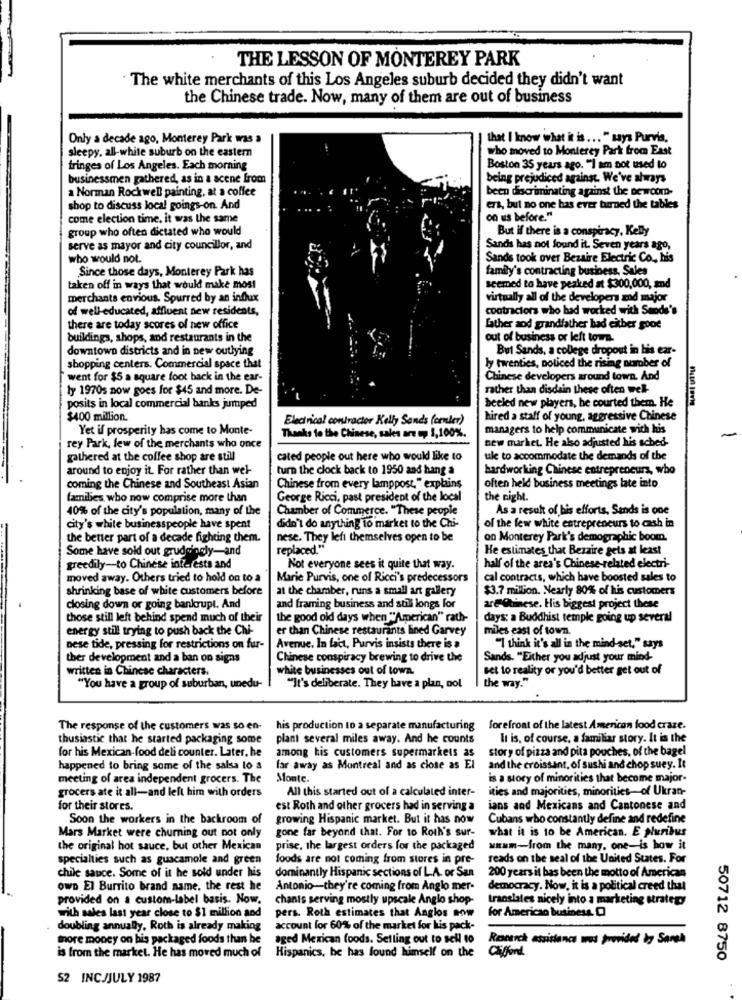
THE LESSON OF MONTEREY PARK
The white merchants of this Los Angeles suburb decided they didn't want
the Chinese trade. Now, many of them are out of business
Only a decade ago, Monterey Park was a
that I know what it is ... " says Purvis,
sleepy. all-white suburb on the eastern
who moved to Monterey Park from East
fringes of Los Angeles. Each morning
Boston 35 years ago. "I am not used to
businessmen gathered, as in a scene from
being prejudiced against. We've always
a Norman Rockwell painting, at a coffee
been discriminating against the newcom-
shop to discuss local goings-on. And
ers, but no one has ever turned the tables
come election time. it was the same
on us before."
group who often dictated who would
But if there is a conspiracy, Kelly
serve as mayor and city councillor, and
Sands has not found it. Seven years ago,
who would not.
Sands took over Bezaire Electric Co ., his
Since those days, Monterey Park has
family's contracting business, Sales
taken off in ways that would make most
seemed to have peaked at $300,000, and
merchants envious. Spurred by an influx
virtually all of the developers and major
of well-educated, affluent new residents,
contractors who had worked with Sends's
there are today scores of new office
Lather aod grandfather bad either gooe
buildings, shops, and restaurants in the
out of business or left town.
downtown districts and in new outlying
But Sands, a college dropout in his ear-
ly twenties, noticed the rising number of
shopping centers. Commercial space that
went for $5 a square foot back in the ear-
Chinese developers around town. And
ty 1970s now goes for $45 and more. De-
rather than disdain these often well-
posits in local commercial banks jumped
beeled new players, be courted them. He
$400 million.
Electrical contractor Kelly Sands (cember)
hired a staff of young, aggressive Chinese
Yet il prosperity has come to Monte-
managers to help communicate with his
Thanks to the Chinese, sales are , 3,100%.
new market. He also adjusted his sched-
rey Park, few of the merchants who once
gathered at the coffee shop are still
cated people out here who would like to
ule to accommodate the demands of the
around to enjoy it. For rather than wel-
turn the clock back to 1950 and hang a
hardworking Chinese entrepreneurs, who
coming the Chinese and Southeast Asian
Chinese from every lamppost," explains
often held business meetings late into
families who now comprise more than
George Ricci, past president of the local
the night.
40% of the city's population, many of the
Chamber of Commerce. "These people
As a result of bis efforts, Sands is one
didn't do anything to market to the Chi-
city's white businesspeople have spent
of the few white entrepreneurs to cash in
the better part of a decade fighting them.
nese. They left themselves open to be
on Monterey Park's demographic boom.
Some have sold out grudgingly-and
replaced."
He estimates that Bezaire gets at least
greedily-to Chinese interests and
Not everyone sees it quite that way.
half of the area's Chinese-related electri-
moved away. Others tried to hold on to a
Marie Purvis, one of Ricci's predecessors
cal contracts, which have boosted sales to
shrinking base of white customers before
at the chamber, runs a small art gallery
$3.7 million. Nearly 80% of his customers
closing down or going bankrupt. And
and framing business and still longs for
areGtinese. His biggest project these
those still left behind spend much of their
the good old days when "American" rath-
days: a Buddhist temple going up several
energy still trying to push back the Chi-
er than Chinese restaurants lined Garvey
miles east of town.
nese tide, pressing for restrictions on fur-
Avenue. In fact, Purvis insists there is a
"I think it's all in the mind-set," says
ther development and a ban on signs
Chinese conspiracy brewing to drive the
Sands. "Either you adjust your mind-
written in Chinese characters.
white businesses out of town.
set to reality or you'd better get out of
the way."
"You have a group of suburban, unedu-
"It's deliberate. They have a plan, not
The response of the customers was so en-
his production to a separate manufacturing
forefront of the latest American food craze.
thusiastic that he started packaging some
plant several miles away. And he counts
It is, of course, a familiar story. It in the
for his Mexican-food deli counter. Later, he
among his customers supermarkets as
story of pizza and pita pouches, of the bagel
happened to bring some of the salsa lo &
far away as Montreal and as close as El
and the croissant, of sushi and chop suey. It
meeting of area independent grocers. The
Monte.
is a story of minorities that become major-
grocers ate it all-and left him with orders
All this started out of a calculated inter-
ities and majorities, minorities-of Ukran-
for their stores.
est Roth and other grocers had in serving a
ians and Mexicans and Cantonese and
Soon the workers in the backroom of
growing Hispanic market. But it has now
Cubans who constantly define and redefine
gone far beyond that. For to Roth's sur-
what it is to be American. E pluribus
Mars Market were churning out not only
the original hot sauce, but other Mexican
prise, the largest orders for the packaged
Mmmm-from the many. one-is how it
specialties such as guacamole and green
foods are not coming from stores in pre-
reads on the seal of the United States. For
chile sauce. Some of it he sold under his
dominantly Hispanic sections of L.A. or San
200 years it has been the motto of American
own El Burrito brand name. the rest he
Antonio-they're coming from Anglo mer-
democracy. Now. it is a political creed that
provided on a custom-label basis. Now.
chants serving mostly upscale Anglo shop-
translates nicely into a marketing strategy
for American business. [
with sales last year close to $1 million and
pers. Roth estimates that Anglos now
doubling annually, Roth is already making
account for 60% of the market for his pack-
more money on his packaged foods than he
aged Mexican foods. Selling out to sell 10
Research assistance was provided in Sansh
is from the market. He has moved much of
Clifford
Hispanics, he has found himself on the
50712 8750
52 INC/JULY 1987